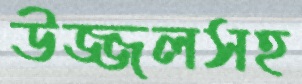
উজ্জলসহ